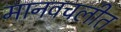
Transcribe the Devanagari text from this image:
मानवचलीत